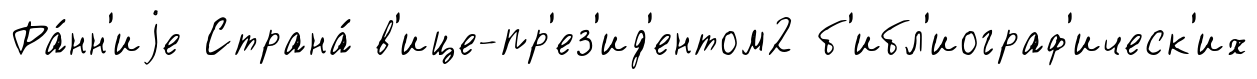
Ра́нн'иjе Страна́ в'ице-пр'ез'ид'ентом2 б'ибл'иограф'ическ'их